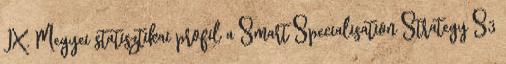
IX. Megyei statisztikai profil a Smart Specialisation Strategy S3